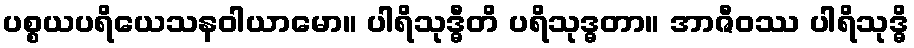
ပစ္စယပရိယေသနဝါယာမော။ ပါရိသုဒ္ဓီတိ ပရိသုဒ္ဓတာ။ အာဇီဝဿ ပါရိသုဒ္ဓိ